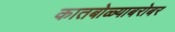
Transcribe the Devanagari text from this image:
कातबोळ्याबरोबर